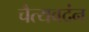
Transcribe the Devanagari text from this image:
चैत्यवदंन